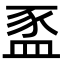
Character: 䀃